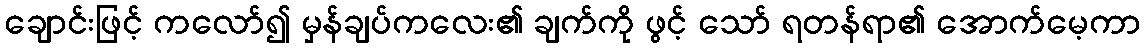
ချောင်းဖြင့် ကလော်၍ မှန်ချပ်ကလေး၏ ချက်ကို ဖွင့် သော် ရတန်ရာ၏ အောက်မေ့ကာ